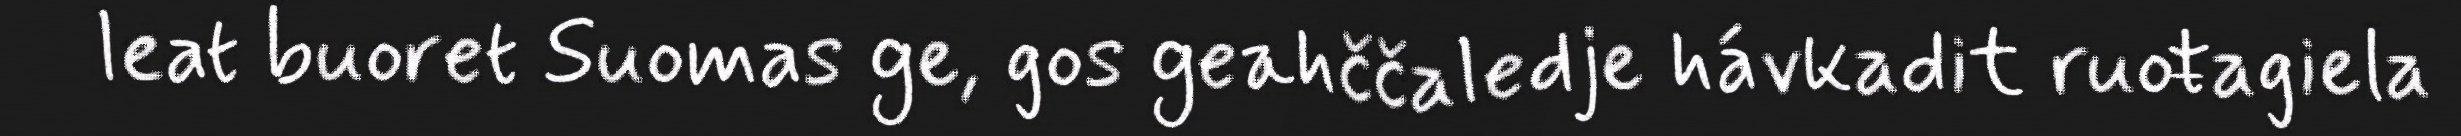
leat buoret Suomas ge, gos geahččaledje hávkadit ruoŧagiela